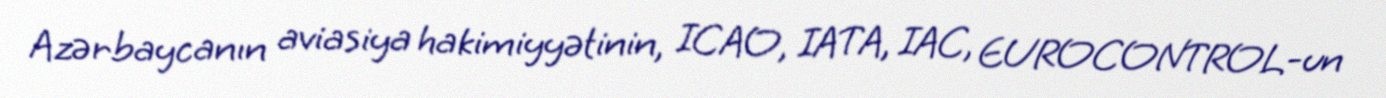
Azərbaycanın aviasiya hakimiyyətinin, ICAO, IATA, IAC, EUROCONTROL-un